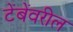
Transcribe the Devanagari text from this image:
टेंबेंवरील